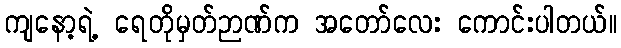
ကျနော့ရဲ့ ရေတိုမှတ်ဉာဏ်က အတော်လေး ကောင်းပါတယ်။